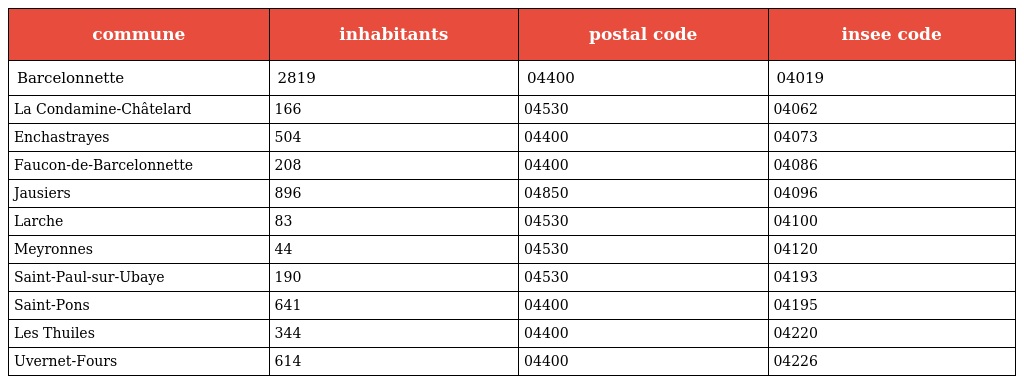
| commune | inhabitants | postal code | insee code |
 | --- | --- | --- | --- |
 | Barcelonnette | 2819 | 04400 | 04019 |
 | La Condamine-Châtelard | 166 | 04530 | 04062 |
 | Enchastrayes | 504 | 04400 | 04073 |
 | Faucon-de-Barcelonnette | 208 | 04400 | 04086 |
 | Jausiers | 896 | 04850 | 04096 |
 | Larche | 83 | 04530 | 04100 |
 | Meyronnes | 44 | 04530 | 04120 |
 | Saint-Paul-sur-Ubaye | 190 | 04530 | 04193 |
 | Saint-Pons | 641 | 04400 | 04195 |
 | Les Thuiles | 344 | 04400 | 04220 |
 | Uvernet-Fours | 614 | 04400 | 04226 |